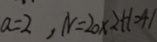
a = 2 , N = 2 0 \times 2 + 1 = 4 1